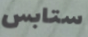
ستابس